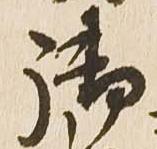
御